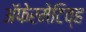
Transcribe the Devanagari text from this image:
अॅफेरमेटिव्ह